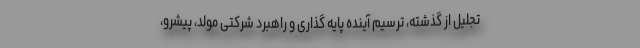
تجلیل از گذشته، ترسیم آینده پایه گذاری و راهبرد شرکتی مولد، پیشرو،